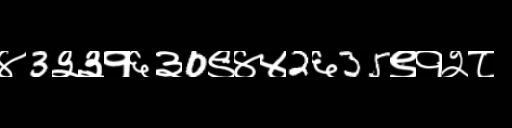
Text: ४3३३१६३0९४४2६35९१२८